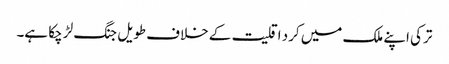
ترکی اپنے ملک میں کرد اقلیت کے خلاف طویل جنگ لڑ چکا ہے۔